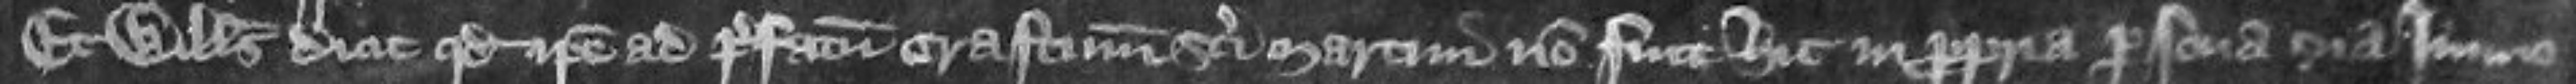
Et Willelmus dicit quod ipse ad prefatum crastinum Sancti Martini non fuit hic in propria persona sua immo